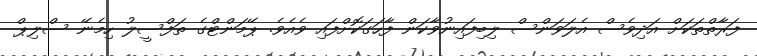
ފަރާތްތަކަށް އަދިވެސް އެލަވަންސް ލިބިފައިނުވާކަން ފާހަގަކޮށްފައި ވެއެވެ. ޕޭމަންޓްގެ ތަފްސީލު ހިމެނޭ ސްލިޕް